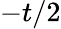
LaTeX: -t/2